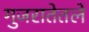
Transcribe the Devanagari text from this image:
गुजरातेतले